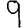
Digit: 9